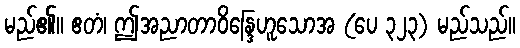
မည်၏။ ဧတံ၊ ဤအညာတာဝိန္ဒြေဟူသောအ (ပေ ၃၂၃) မည်သည်။